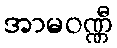
အာမဝဏ္ဏီ